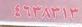
٤ ٦ ٣ ٨ ٣ ١ ٣